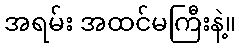
အရမ်း အထင်မကြီးနဲ့။